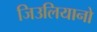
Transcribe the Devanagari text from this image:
जिउलियानो